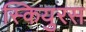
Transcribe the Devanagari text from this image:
स्कियुरस